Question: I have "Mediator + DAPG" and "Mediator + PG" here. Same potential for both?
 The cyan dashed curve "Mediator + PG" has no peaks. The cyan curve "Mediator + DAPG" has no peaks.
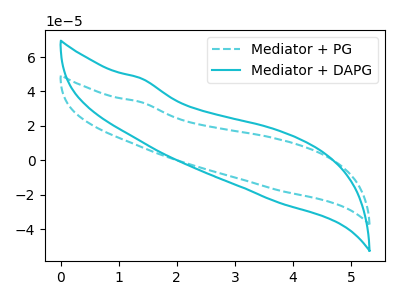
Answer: <think>Neither "Mediator + DAPG" or "Mediator + PG" have any peaks.
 </think>
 <answer>"Mediator + DAPG" and "Mediator + PG" are similar in shape.</answer>
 <eval>same_shape</eval>